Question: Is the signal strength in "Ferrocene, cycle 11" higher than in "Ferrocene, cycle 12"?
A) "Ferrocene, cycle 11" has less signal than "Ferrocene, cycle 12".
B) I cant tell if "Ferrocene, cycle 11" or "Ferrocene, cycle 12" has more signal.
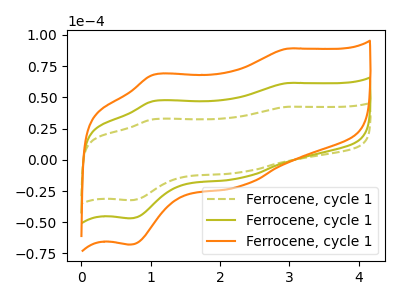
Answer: <think>The olive dashed curve "Ferrocene, cycle 11" has anodic peaks at (2.95V, 42.40uA) (1.05V, 32.45uA) and cathodic peaks at (2.25V, -10.25uA) (0.70V, -32.35uA). The olive curve "Ferrocene, cycle 12" has anodic peaks at (2.95V, 61.45uA) (1.05V, 47.00uA) and cathodic peaks at (2.25V, -14.80uA) (0.70V, -46.90uA). The orange curve "Ferrocene, cycle 13" has anodic peaks at (2.95V, 122.90uA) (1.05V, 94.00uA) and cathodic peaks at (2.25V, -29.65uA) (0.70V, -93.75uA).
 All the peaks in "Ferrocene, cycle 11" have a peak in "Ferrocene, cycle 12" at the same potential. Every peak in "Ferrocene, cycle 11" is lower than every peak in "Ferrocene, cycle 12".</think>
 <answer>A) "Ferrocene, cycle 11" has less signal than "Ferrocene, cycle 12".</answer>
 <eval>A</eval>